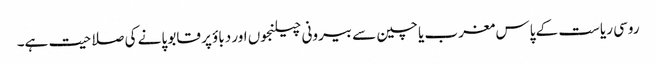
روسی ریاست کے پاس مغرب یا چین سے بیرونی چیلنجوں اور دباؤ پر قابو پانے کی صلاحیت ہے۔